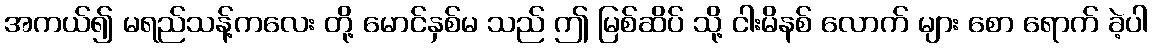
အကယ်၍ မရည်သန့်ကလေး တို့ မောင်နှစ်မ သည် ဤ မြစ်ဆိပ် သို့ ငါးမိနစ် လောက် များ စော ရောက် ခဲ့ပါ